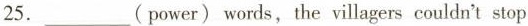
25.___(power) words, the villagers couldn't stop